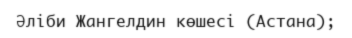
Әліби Жангелдин көшесі (Астана);